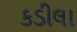
કડીલા